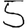
Digit: 5